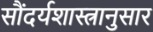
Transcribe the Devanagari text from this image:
सौंदर्यशास्त्रानुसार